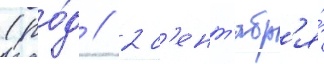
(ро́д // 2 с'ент'ябр'я́